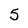
Character: 5